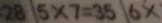
2 8 1 5 \times 7 = 3 5 6 x